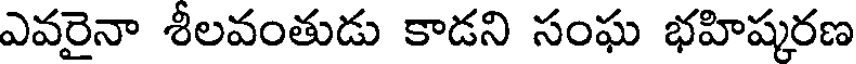
ఎవరైనా శీలవంతుడు కాడని సంఘ భహిష్కరణ